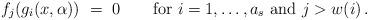
LaTeX: \begin{align*} f_j(g_i(x,\alpha))\ =\ 0\qquad\mbox{for } i=1,\dotsc,a_s\mbox{ and }j>w(i)\,.\end{align*}